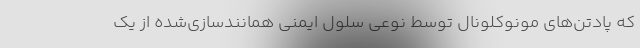
که پادتن‌های مونوکلونال توسط نوعی سلول ایمنی همانندسازی‌شده از یک